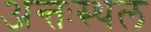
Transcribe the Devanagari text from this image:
अन्तःस्थल